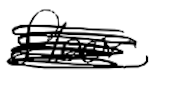
Text: floor
Cross-out: scratch
Writing tool: digital_black